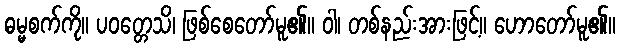
ဓမ္မစက်ကို။ ပဝတ္တေသိ၊ ဖြစ်စေတော်မူ၏။ ဝါ၊ တစ်နည်းအားဖြင့်။ ဟောတော်မူ၏။